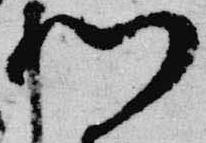
門